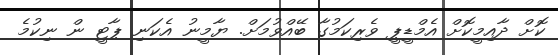
ކޮށް ދާއިމީކޮށް އެމްޑީޕީ ވެރިކަމުގާ ބޭއްވުމަށް. ޔާމީނު އެކަނި ޕާޓީ ން ނިކުމެ